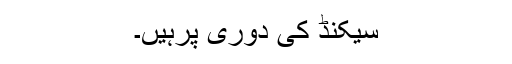
سیکنڈ کی دوری پرہیں۔